65_HS1-834228961_62-HQ-83894_Serial_220
Agency: FBI
Page 5
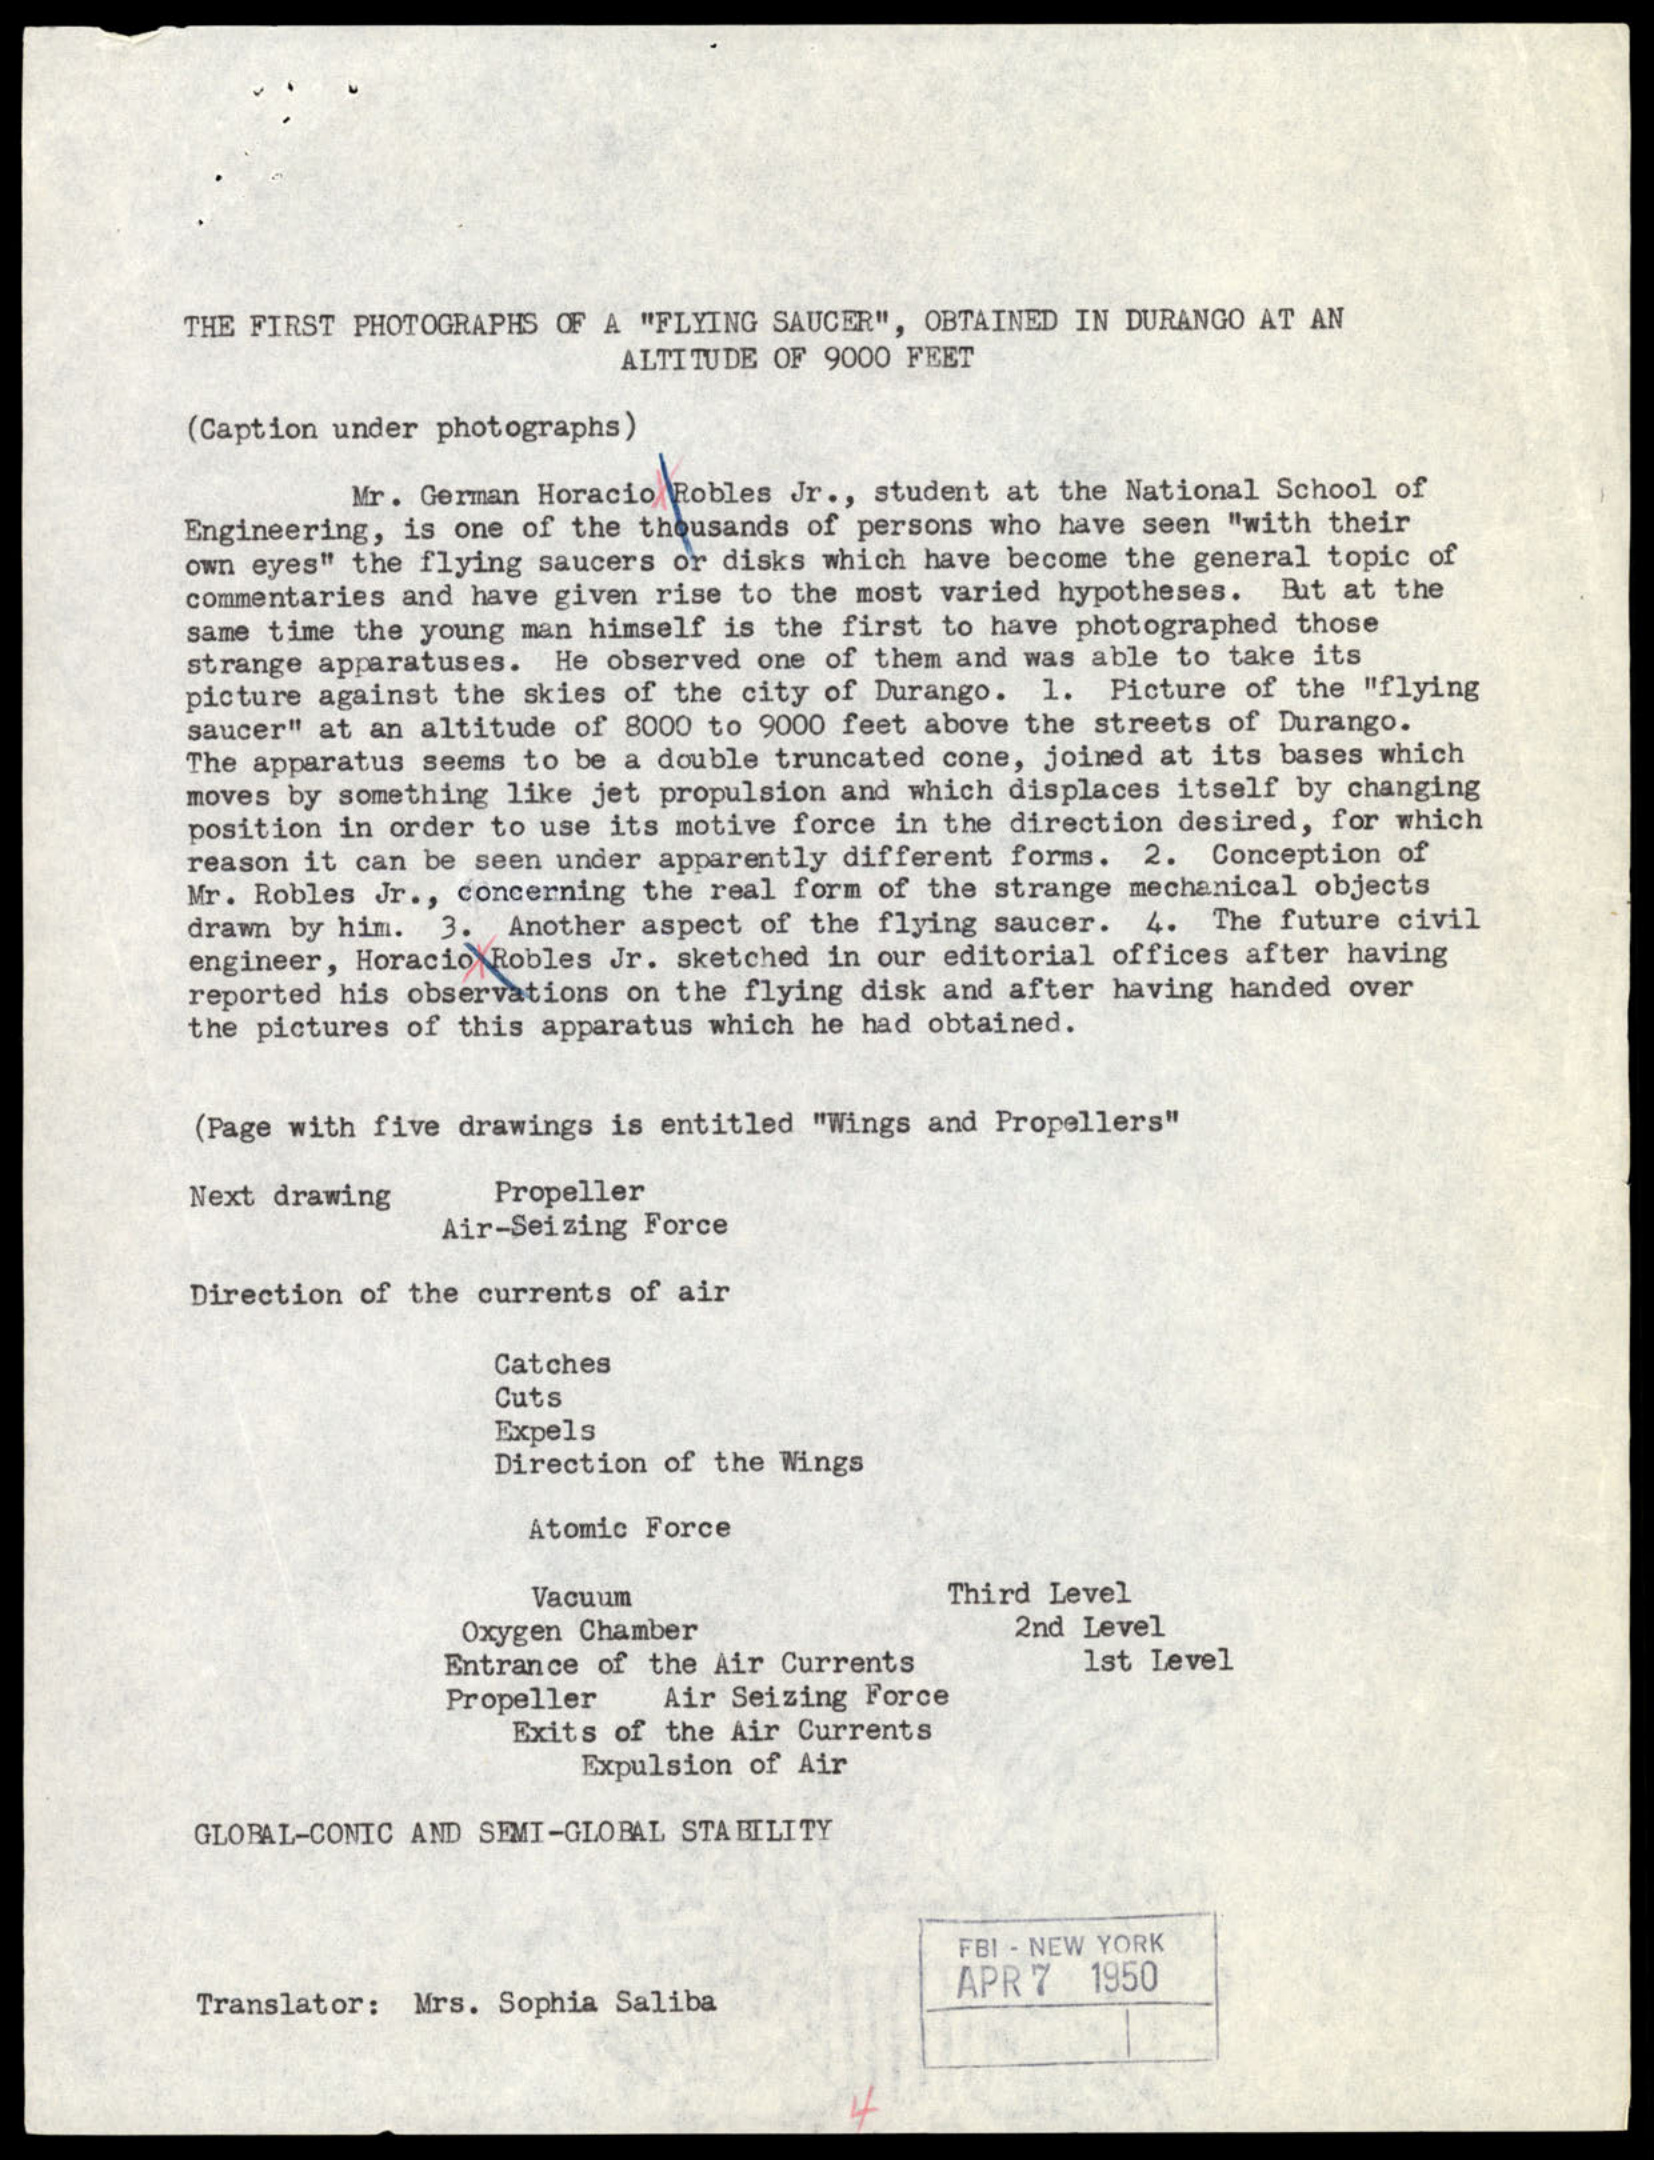